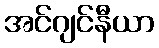
အင်ဂျင်နီယာ